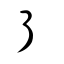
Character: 亍